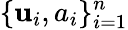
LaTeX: \{ \mathbf{u}_{i},a_{i}\} _{i=1}^{n}